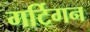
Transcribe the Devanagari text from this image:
गर्टिगन